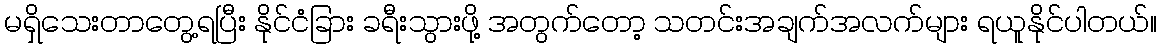
မရှိသေးတာတွေ့ရပြီး နိုင်ငံခြား ခရီးသွားဖို့ အတွက်တော့ သတင်းအချက်အလက်များ ရယူနိုင်ပါတယ်။